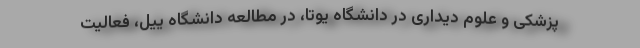
پزشکی و علوم دیداری در دانشگاه یوتا، در مطالعه دانشگاه ییل، فعالیت